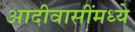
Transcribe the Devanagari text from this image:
आदीवासींमध्ये